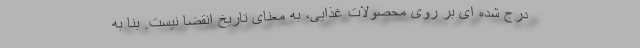
درج شده ای بر روی محصولات غذایی، به معنای تاریخ انقضا نیست. بنا به